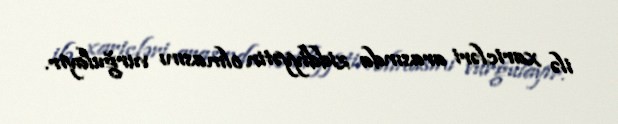
ilə xaricləri arasında ziddiyyətin olmasını vurğulayır.